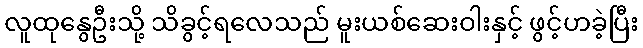
လူထုနွေဦးသို့ သိခွင့်ရလေသည် မူးယစ်ဆေးဝါးနှင့် ဖွင့်ဟခဲ့ပြီး